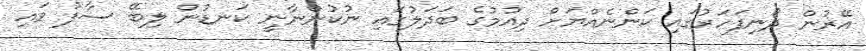
އޭރުން ދޯނިފަހަރުގައި ކަންނެއްޔަށް ދިއުމުގެ ބަދަލުގައި ނުކުންނާނީ ކަނޑުން ލިބޭ ސާފު ވައި